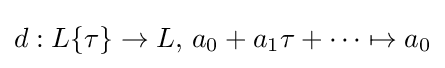
d:L\{\tau \}\to L,\,a_{0}+a_{1}\tau +\cdots \mapsto a_{0}